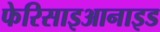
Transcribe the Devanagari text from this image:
फेरिसाइआनाइड